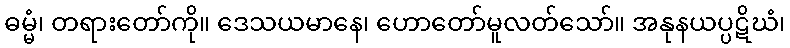
ဓမ္မံ၊ တရားတော်ကို။ ဒေသယမာနေ၊ ဟောတော်မူလတ်သော်။ အနုနယပ္ပဋိဃံ၊